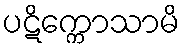
ပဋိက္ကောသာမိ